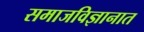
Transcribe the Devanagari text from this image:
समाजविज्ञानात